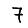
Digit: 7